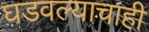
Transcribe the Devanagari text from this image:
घडवल्याचाही